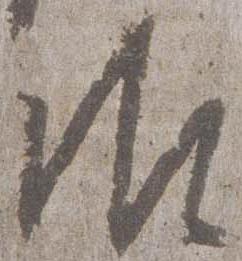
御